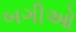
બગીઓ